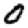
Digit: 0